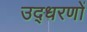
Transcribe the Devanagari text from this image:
उद्‍धरणों